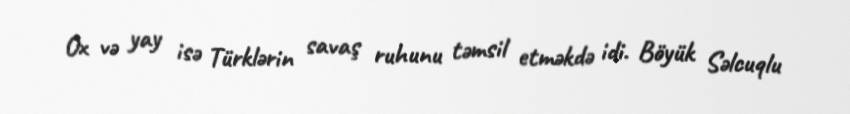
Ox və yay isə Türklərin savaş ruhunu təmsil etməkdə idi. Böyük Səlcuqlu